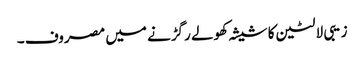
زیبی لالٹین کا شیشہ کھولے رگڑنے میں مصروف ۔